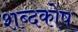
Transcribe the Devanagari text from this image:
शब्‍दकोष